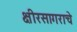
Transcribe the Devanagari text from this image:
क्षीरसागराचे